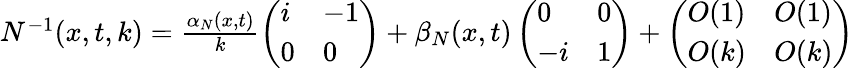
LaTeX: \begin{array}{r}{N^{-1}(x,t,k)=\frac{\alpha_{N}(x,t)}{k}\left(\begin{array}{ll}{i}&{-1}\\ {0}&{0}\end{array}\right)+\beta_{N}(x,t)\left(\begin{array}{ll}{0}&{0}\\ {-i}&{1}\end{array}\right)+\left(\begin{array}{ll}{O(1)}&{O(1)}\\ {O(k)}&{O(k)}\end{array}\right)}\end{array}